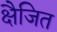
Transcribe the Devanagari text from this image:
क्षैजित